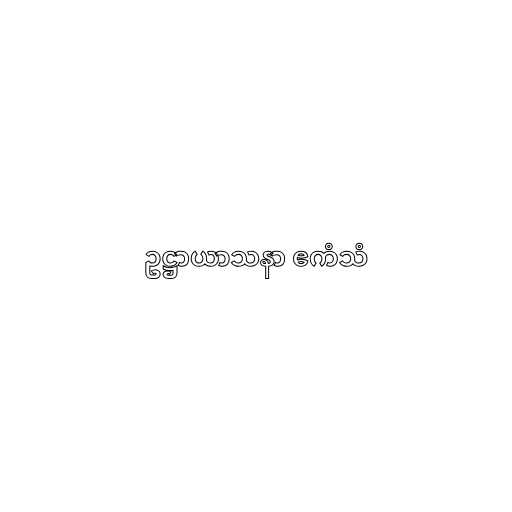
ဥဋ္ဌာယာသနာ ဧကံသံ